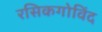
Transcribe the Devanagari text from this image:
रसिकगोविंद